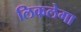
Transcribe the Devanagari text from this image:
लिकलेगा